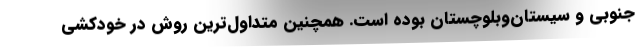
جنوبی و سیستان‌و‌بلوچستان بوده است. همچنین متداول‌ترین روش در خودکشی